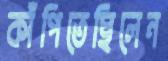
কাঁপিতেছিলেন